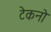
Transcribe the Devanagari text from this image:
टेकनो